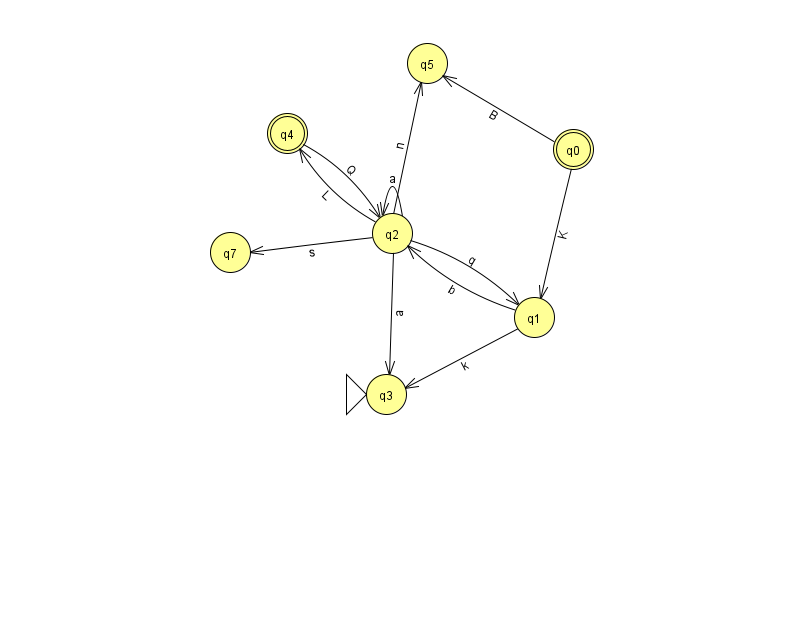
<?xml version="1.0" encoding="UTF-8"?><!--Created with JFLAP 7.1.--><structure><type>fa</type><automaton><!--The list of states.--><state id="0" name="q0"><x>573.0</x><y>136.0</y><final/></state><state id="1" name="q1"><x>534.0</x><y>304.0</y></state><state id="2" name="q2"><x>392.0</x><y>220.0</y></state><state id="3" name="q3"><x>386.0</x><y>381.0</y><initial/></state><state id="4" name="q4"><x>287.0</x><y>120.0</y><final/></state><state id="5" name="q5"><x>427.0</x><y>50.0</y></state><state id="7" name="q7"><x>230.0</x><y>239.0</y></state><!--The list of transitions.--><transition><from>2</from><to>2</to><read>a</read></transition><transition><from>2</from><to>3</to><read>a</read></transition><transition><from>2</from><to>5</to><read>n</read></transition><transition><from>2</from><to>7</to><read>s</read></transition><transition><from>0</from><to>1</to><read>K</read></transition><transition><from>1</from><to>3</to><read>k</read></transition><transition><from>4</from><to>2</to><read>Q</read></transition><transition><from>2</from><to>4</to><read>L</read></transition><transition><from>0</from><to>5</to><read>B</read></transition><transition><from>2</from><to>1</to><read>q</read></transition><transition><from>1</from><to>2</to><read>b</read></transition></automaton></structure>